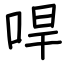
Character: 哻